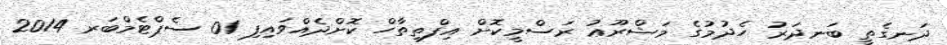
ދަނގެތީ ބަނދަރު ހެދުމުގެ މަޝްރޫޢު ރަސްމީކޮށް އިފްތިތާހް ކޮށްދެއްވައިފި 01 ސެޕްޓެމްބަރ 2014